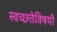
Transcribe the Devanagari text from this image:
स्वच्छतेविषयी